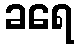
ခရေ